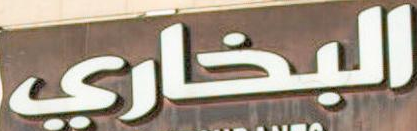
البخاري